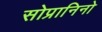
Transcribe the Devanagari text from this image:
सोप्रानिनो